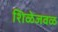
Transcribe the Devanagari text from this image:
शिळेजवळ